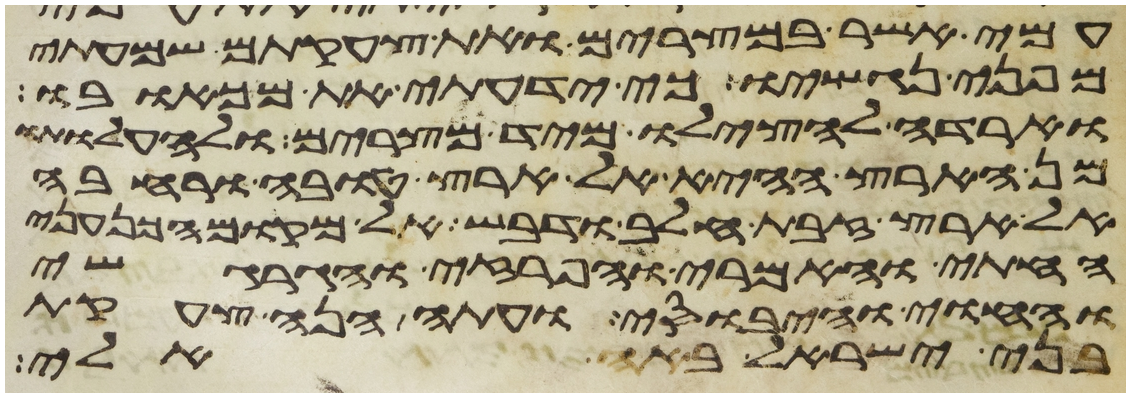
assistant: עמי אשר במצרים ואת צעקתם שמעתי
מפני נגשיו כי ידעתי את מכאבו
וארדה להצילו מיד מצרים ולהעלותו
מן הארץ ההיא אל ארץ טובה ורחבה
אל ארץ זבת חלב ודבש אל מקום הכנעני
החתי והאמרי והפרזי והגרגשי
והחוי והיבוסי ועתה הנה צעקת
בני ישראל באה אלי